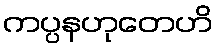
ကပ္ပနဟုတေဟိ